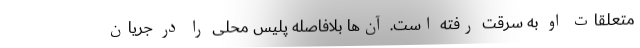
متعلقات او به سرقت رفته است. آن‌ها بلافاصله پلیس محلی را در جریان